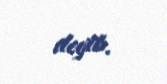
deyib.